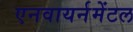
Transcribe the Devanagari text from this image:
एनवायर्नमेंटल